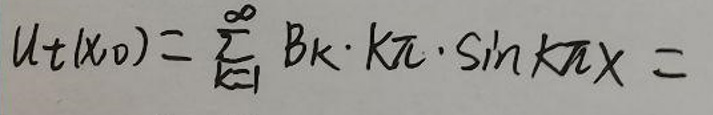
$u _ { t } ( x, 0 ) = \sum _ { k = 1 } ^ { \infty } B _ { k } \cdot k \pi \cdot \sin k \pi x =$